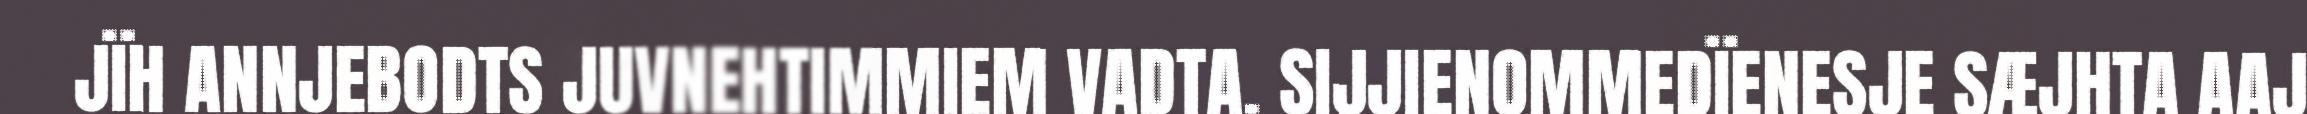
JÏH ANNJEBODTS JUVNEHTIMMIEM VADTA. SIJJIENOMMEDÏENESJE SÆJHTA AAJ